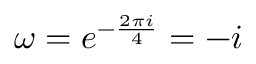
\omega = e ^ { - { \frac { 2 \pi i } { 4 } } } = - i